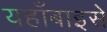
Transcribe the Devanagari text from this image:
यहाँबाइसे